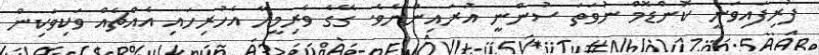
ފުރިފައިވަނީ ކޮންޑޮމް ނުވަތަ ސުންނީ އުރައިންނެވެ. ގޭގެ ވެރިމީހާ އެހުރިހައި އެއްޗެއް ވަކިވަކިން